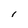
Character: l